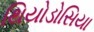
થિયોડોસિયા